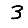
Digit: 3